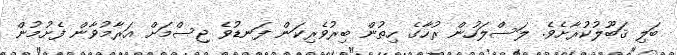
ބަލި ޤަބޫލުކުރާށެވެ. ލަސްލަހުން ރުހާގެ ހިތުން ބިރުވެރިކަން ފަނޑުވެ ޖިސްމަށް އަރާމުވާން ފެށުމުން